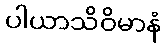
ပါယာသိဝိမာနံ